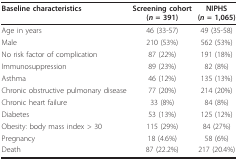
<table><thead><tr><td><b>Baseline characteristics</b></td><td><b>Screening cohort(<i>n </i>= 391)</b></td><td><b>NIPHS(<i>n </i>= 1,065)</b></td></tr></thead><tbody><tr><td>Age in years</td><td>46 (33-57)</td><td>49 (35-58)</td></tr><tr><td>Male</td><td>210 (53%)</td><td>562 (53%)</td></tr><tr><td>No risk factor of complication</td><td>87 (22%)</td><td>191 (18%)</td></tr><tr><td>Immunosuppression</td><td>89 (23%)</td><td>82 (8%)</td></tr><tr><td>Asthma</td><td>46 (12%)</td><td>135 (13%)</td></tr><tr><td>Chronic obstructive pulmonary disease</td><td>77 (20%)</td><td>214 (20%)</td></tr><tr><td>Chronic heart failure</td><td>33 (8%)</td><td>84 (8%)</td></tr><tr><td>Diabetes</td><td>53 (13%)</td><td>125 (12%)</td></tr><tr><td>Obesity: body mass index &gt; 30</td><td>115 (29%)</td><td>84 (27%)</td></tr><tr><td>Pregnancy</td><td>18 (4.6%)</td><td>58 (6%)</td></tr><tr><td>Death</td><td>87 (22.2%)</td><td>217 (20.4%)</td></tr></tbody></table>